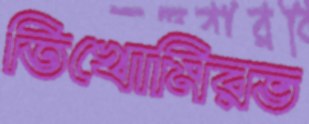
তিখোমিরভ